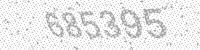
Solution: 685395